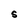
Character: S